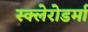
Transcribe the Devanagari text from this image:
स्क्‍लेरोडर्मा